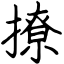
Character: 撩